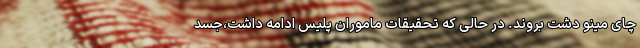
چای مینو دشت بروند. در حالی که تحقیقات ماموران پلیس ادامه داشت،جسد